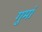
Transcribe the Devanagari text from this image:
गुमां